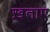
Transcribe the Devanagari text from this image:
ख़ताए